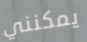
يمكنني